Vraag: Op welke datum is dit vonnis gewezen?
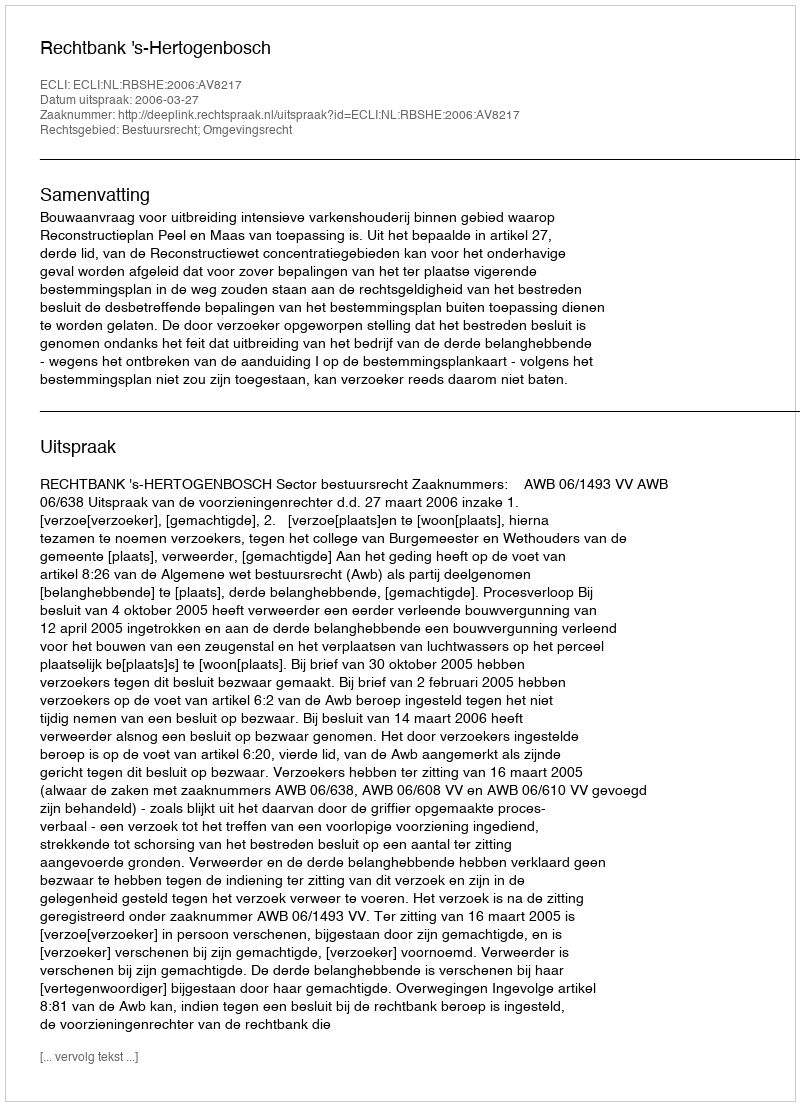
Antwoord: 2006-03-27